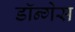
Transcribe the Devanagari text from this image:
डॉन्गेस